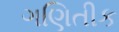
ગણિતીક